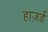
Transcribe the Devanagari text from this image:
हाज़र्ड